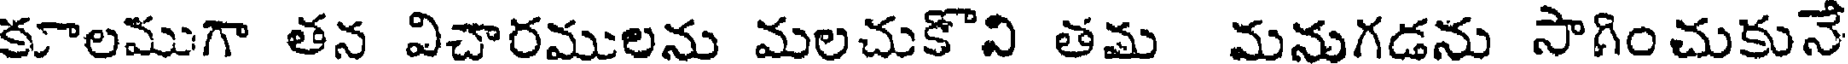
కూలముగా తన విచారములను మలచుకొవి తమ మనుగడను సాగించుకునే